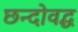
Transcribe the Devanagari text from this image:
छन्दोवद्ध